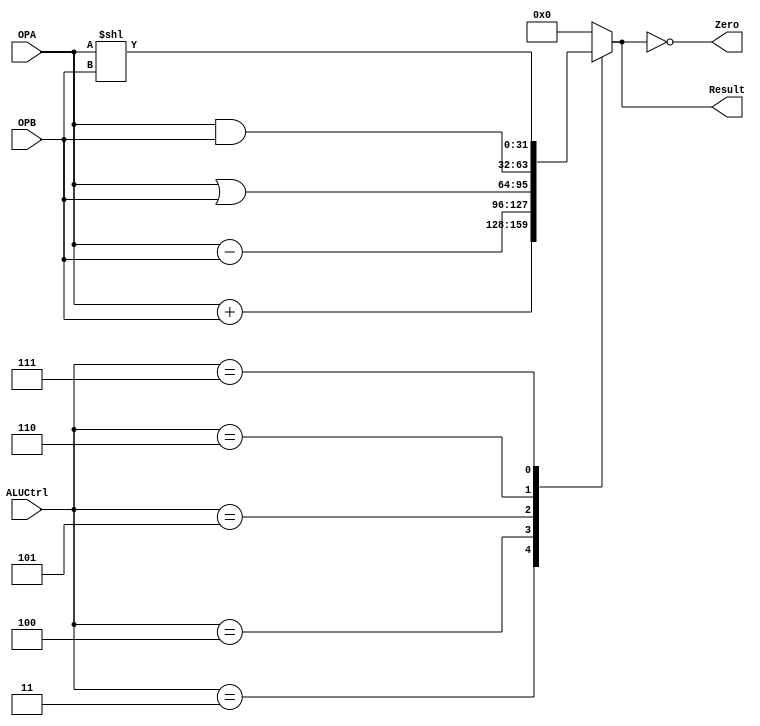
module ALU(OPA,OPB,ALUCtrl,Result,Zero);
//module for ALU which decodes instruction directly from 3 bit instruction
parameter n=32;

input [2:0]ALUCtrl;
input [n-1:0]OPA,OPB;
output reg [n-1:0]Result;
output Zero;

assign Zero=(Result==0);

always@(*)begin
			case(ALUCtrl)
			3'b011:Result=OPA + OPB;
			3'b100:Result=OPA - OPB;
			3'b101:Result=OPA | OPB;
			3'b110:Result=OPA & OPB;
			3'b111:Result=OPA<<OPB;
			default:Result=0;
		endcase
	end
endmodule